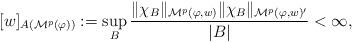
LaTeX: \begin{align*} [w]_{A(\mathcal M^{p}(\varphi))}:= \sup_B \frac{\|\chi _B\|_{\mathcal M^{p}(\varphi,w)}\|\chi _B\|_{\mathcal M^{p}(\varphi,w)'}}{|B|} <\infty,\end{align*}